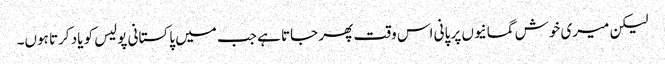
لیکن میری خوش گمانیوں پر پانی اس وقت پھر جاتا ہے جب میں پاکستانی پولیس کو یاد کرتا ہوں۔